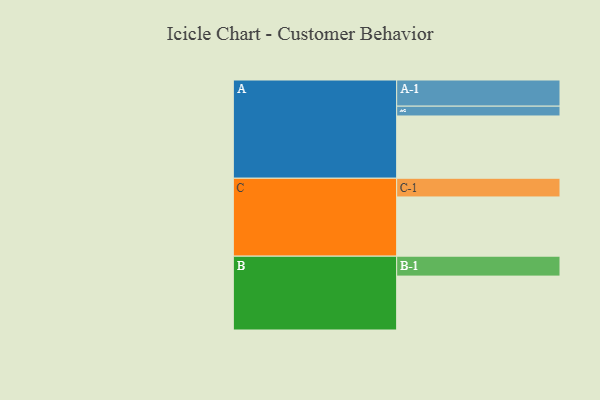
{"axis": {"x": "Segment", "y": "Value"}, "legend": ["", "A", "B", "C"], "data": [{"x": "A", "y": 469, "type": ""}, {"x": "B", "y": 406, "type": ""}, {"x": "C", "y": 446, "type": ""}, {"x": "A-1", "y": 197, "type": "A"}, {"x": "A-2", "y": 74, "type": "A"}, {"x": "B-1", "y": 150, "type": "B"}, {"x": "C-1", "y": 141, "type": "C"}]}